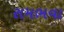
રામભવા